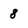
Character: 8